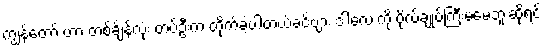
ကျွန်တော် ဟာ တစ်ချိန်လုံး တပ်ဦးက တိုက်ခဲ့ပါတယ်ခင်ဗျား ဒါလေးကို ဗိုလ်ချုပ်ကြီးမမေ့ဘူးဆိုရင်